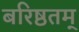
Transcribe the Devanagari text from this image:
बरिष्ठतम्